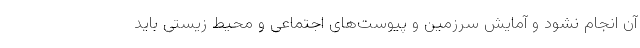
آن انجام نشود و آمایش سرزمین و پیوست‌های اجتماعی و محیط زیستی باید